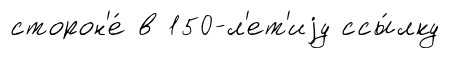
сторон'е́ в 150-л'ет'иjу ссы́лку